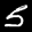
Label: 5